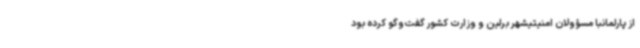
از پارلمانبا مسؤولان امنیتیشهر برلین و وزارت کشور گفت‌وگو کرده بود